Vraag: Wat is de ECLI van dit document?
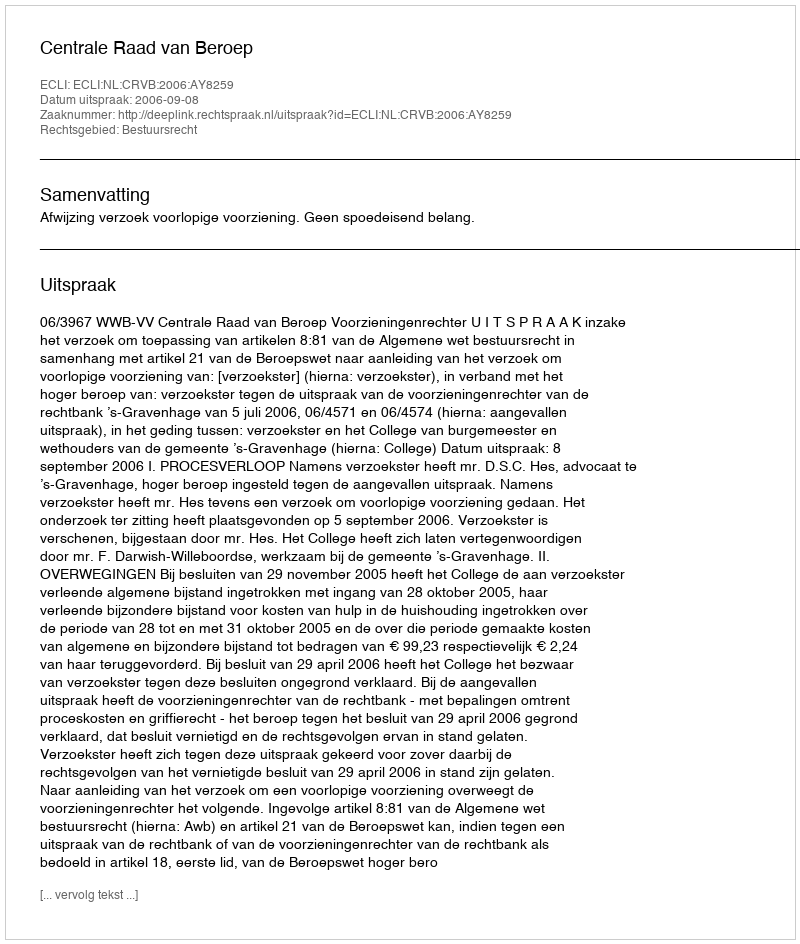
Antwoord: ECLI:NL:CRVB:2006:AY8259